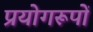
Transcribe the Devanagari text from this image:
प्रयोगरूपों